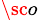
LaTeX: ^{\sc o}